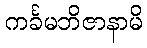
ကင်္ခမဘိဇာနာမိ